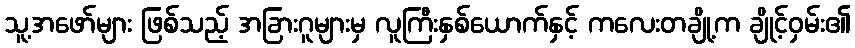
သူ့အဖော်များ ဖြစ်သည့် အခြားဂူများမှ လူကြီးနှစ်ယောက်နှင့် ကလေးတချို့က ချိုင့်ဝှမ်း၏